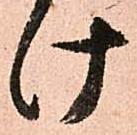
け